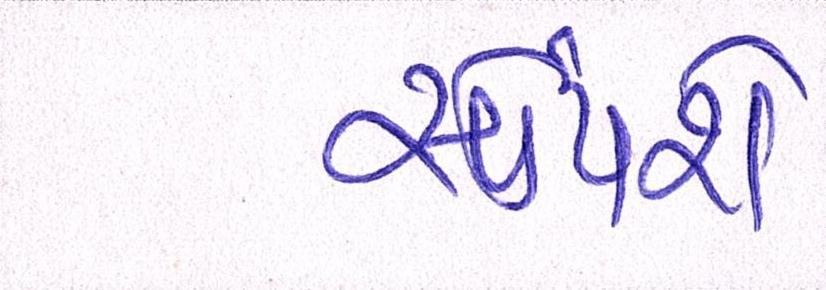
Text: સોંપશે